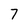
Character: 7